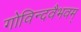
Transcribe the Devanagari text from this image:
गोविन्दवैभवम्